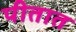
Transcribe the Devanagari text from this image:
पीतात